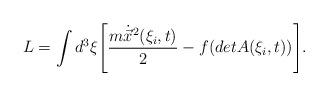
LaTeX: \begin{align*}L=\int d^3 \xi\Biggl[\frac{m\dot{\vec x}^2(\xi_i,t)}{2}-f(detA(\xi_i,t))\Biggr].\end{align*}